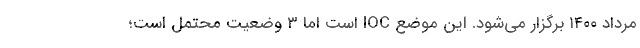
مرداد ۱۴۰۰ برگزار می‌شود. این موضع IOC است اما ۳ وضعیت محتمل است؛